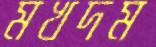
মখদম